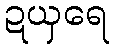
ဍယှရေ